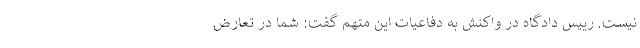
نیست. رییس دادگاه در واکنش به دفاعیات این متهم گفت: شما در تعارض